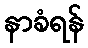
နာခံရန်